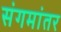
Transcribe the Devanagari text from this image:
संगमांतर